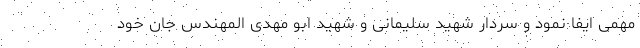
مهمی ایفا نمود و سردار شهید سلیمانی و شهید ابو مهدی المهندس جان خود